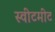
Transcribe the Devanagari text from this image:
स्वीटमीट